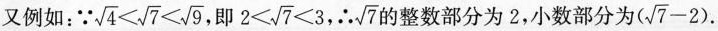
又例如：∵ $$\sqrt { 4 } < \sqrt { 7 } < \sqrt { 9 }$$ ，即 $$2 < \sqrt { 7 } < 3$$, ∴$$ \sqrt { 7 }$$ 的整数部分为2，小数部分为$$( ( \sqrt { 7 } - 2 )$$